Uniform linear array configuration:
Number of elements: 8
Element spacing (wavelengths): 0.5
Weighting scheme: kaiser
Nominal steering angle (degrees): -45
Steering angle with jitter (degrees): -43.468
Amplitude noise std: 0.05
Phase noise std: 0.05

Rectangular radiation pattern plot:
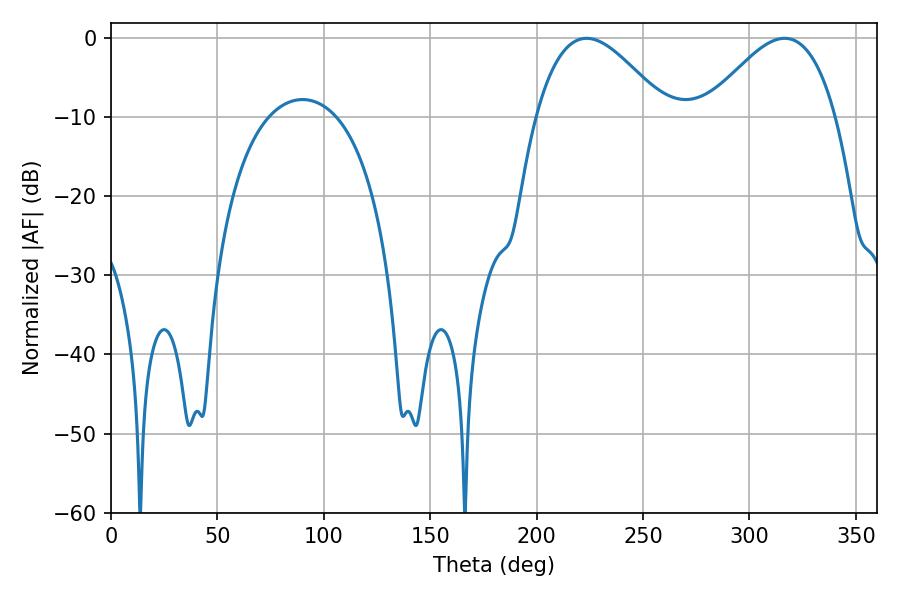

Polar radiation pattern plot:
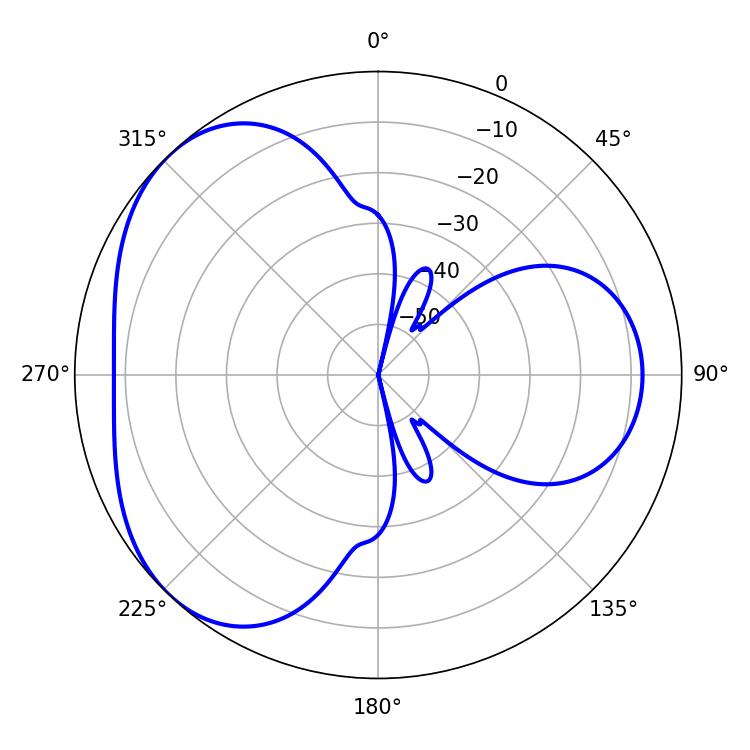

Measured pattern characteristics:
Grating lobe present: FALSE
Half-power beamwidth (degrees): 33.12
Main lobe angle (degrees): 223.38